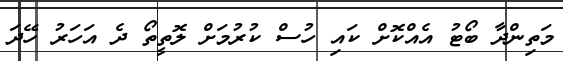
މަތިންދާ ބޯޓު އެއްކޮށް ކައި ހުސް ކުރުމަށް ލޮތީތޯ ދެ އަހަރު ހޭދަ